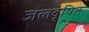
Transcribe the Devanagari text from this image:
जलदूषित